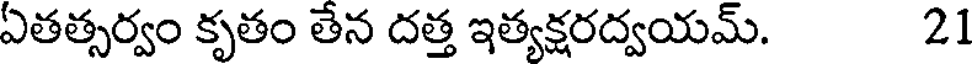
ఏతత్సర్వం కృతం తేన దత్త ఇత్యక్షరద్వయమ్. 21